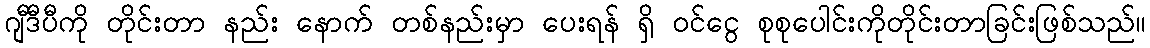
ဂျီဒီပီကို တိုင်းတာ နည်း နောက် တစ်နည်းမှာ ပေးရန် ရှိ ဝင်ငွေ စုစုပေါင်းကိုတိုင်းတာခြင်းဖြစ်သည်။